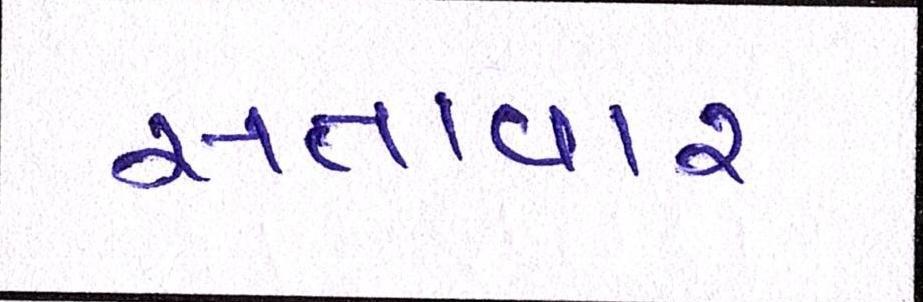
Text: સત્તાવાર